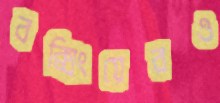
বক্সিংয়েরও